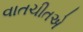
વાતચીતએ